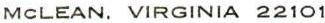
McLEAN. VIRGINIA 22101